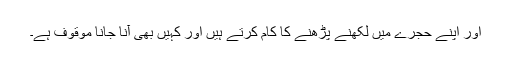
اور اپنے حجرے میں لکھنے پڑھنے کا کام کرتے ہیں اور کہیں بھی آنا جانا موقوف ہے۔